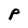
Character: P